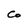
Character: a